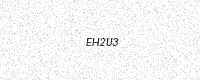
Text: EH2U3